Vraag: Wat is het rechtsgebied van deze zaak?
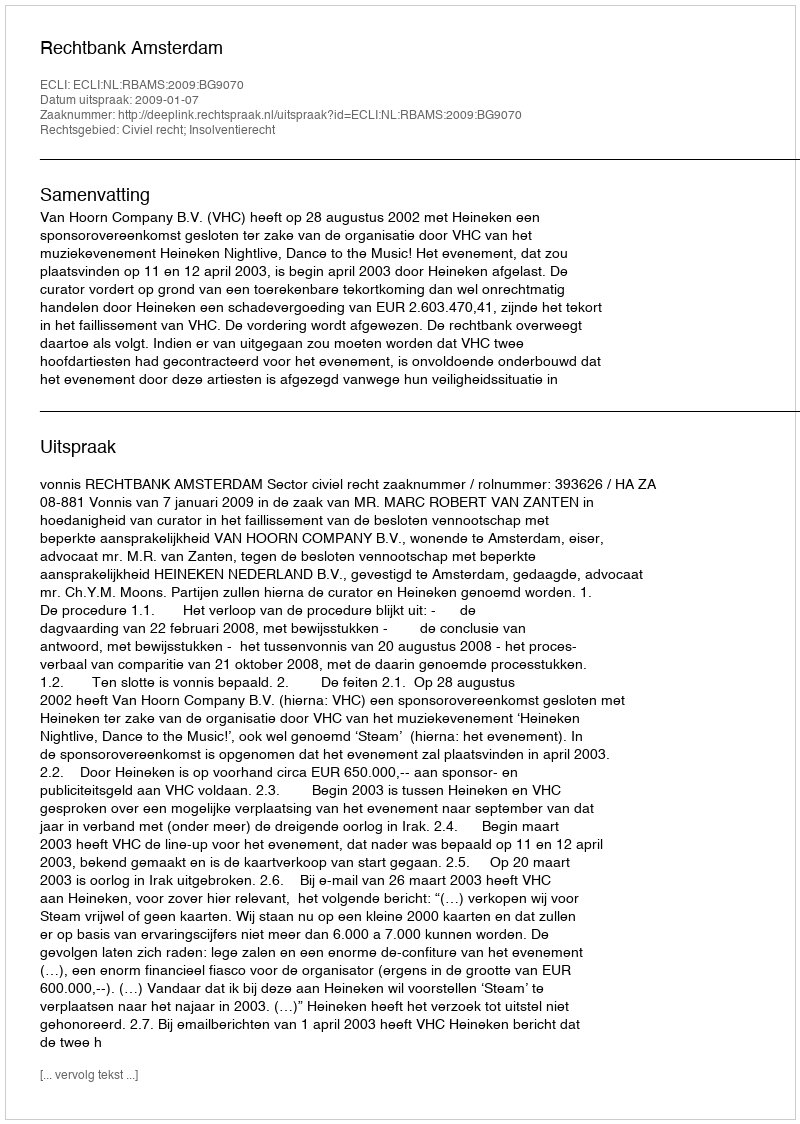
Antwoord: Civiel recht; Insolventierecht